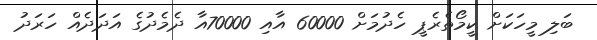
ބަލި މީހަކަށް ކީމޯތެރެޕީ ހެދުމަށް 60000 އާއި 70000އާ ދެމެދުގެ އަދަދެއް ހަރަދު